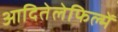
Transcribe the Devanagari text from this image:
आदितेलेफिल्में